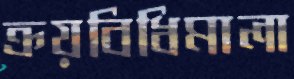
ক্রয়বিধিমালা